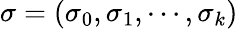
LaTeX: \sigma=(\sigma_{0},\sigma_{1},\cdots,\sigma_{k})